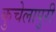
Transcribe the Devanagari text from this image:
कुचेलापुरी